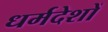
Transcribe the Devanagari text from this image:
धर्मदेशों